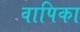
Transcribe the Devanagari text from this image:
वापिका